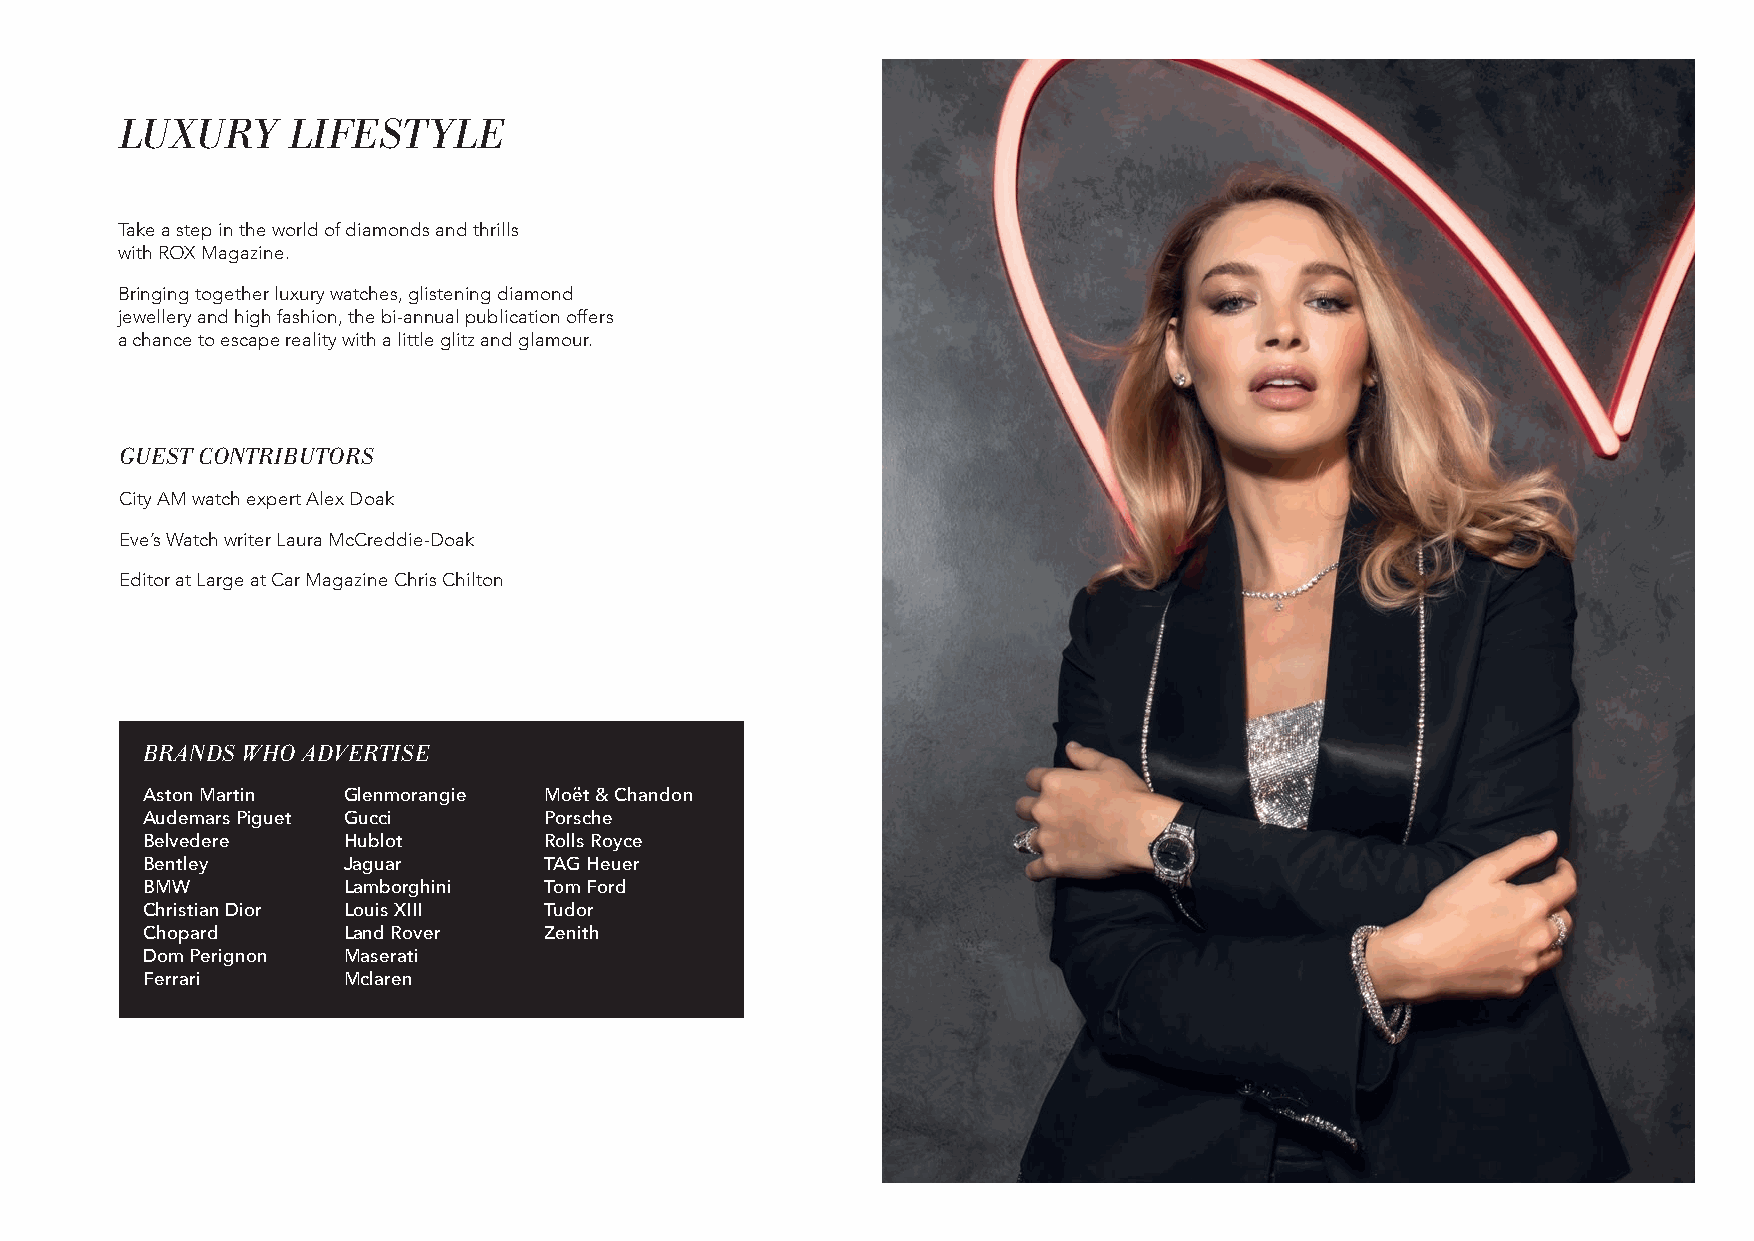
LUXURY     LIFESTYLE
 Take a step in the world of diamonds and thrills
 with ROX Magazine.
 Bringing together luxury watches, glistening diamond
 jewellery and high fashion, the bi-annual publication offers
 a chance to escape reality with a little glitz and glamour.
 GUEST CONTRIBUTORS
 City AM watch expert Alex Doak
 Eve’s Watch writer Laura McCreddie-Doak
 Editor at Large at Car Magazine Chris Chilton
 BRANDS WHO ADVERTISE
 Aston Martin  Glenmorangie Moët & Chandon
 Audemars Piguet Gucci      Porsche
 Belvedere     Hublot       Rolls Royce
 Bentley       Jaguar       TAG Heuer
 BMW           Lamborghini  Tom Ford
 Christian Dior Louis XIII  Tudor
 Chopard       Land Rover   Zenith
 Dom Perignon  Maserati
 Ferrari       Mclaren